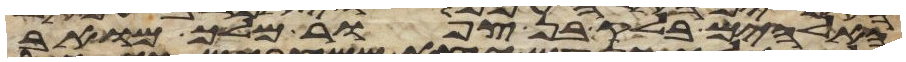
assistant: האלהים בלק בן צפור מלך מואב